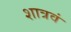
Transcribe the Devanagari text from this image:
शात्रवं